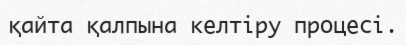
қайта қалпына келтіру процесі.